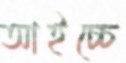
আইচ্চে